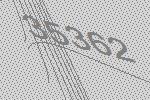
35362